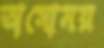
অসোময়